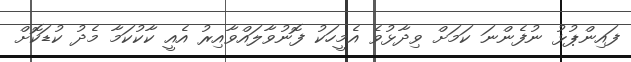
ފައިންޕުޅު ނުފެންނަ ކަމަށް ވިދާޅުވެ އެމީހަކު ފޮނުވާލައްވާއިރު އެއީ ކާކުކަމާ މެދު ކުޑަކޮށް